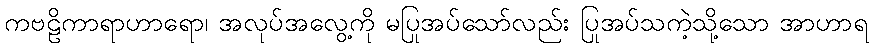
ကဗဠိကာရာဟာရော၊ အလုပ်အလွေ့ကို မပြုအပ်သော်လည်း ပြုအပ်သကဲ့သို့သော အာဟာရ